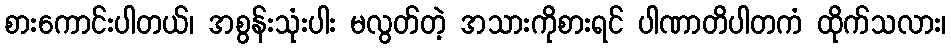
စားကောင်းပါတယ်၊ အစွန်းသုံးပါး မလွတ်တဲ့ အသားကိုစားရင် ပါဏာတိပါတကံ ထိုက်သလား၊